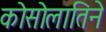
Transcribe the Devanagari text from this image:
कोसोलातिने